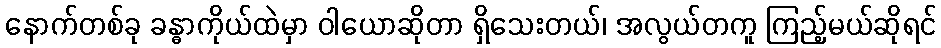
နောက်တစ်ခု ခန္ဓာကိုယ်ထဲမှာ ဝါယောဆိုတာ ရှိသေးတယ်၊ အလွယ်တကူ ကြည့်မယ်ဆိုရင်